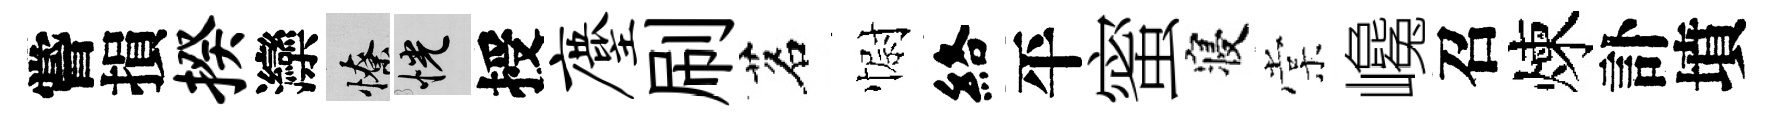
嘗損揆灤憭恍授麈刷茗𢠢絡平蜜寝棠巉召煉訃墳